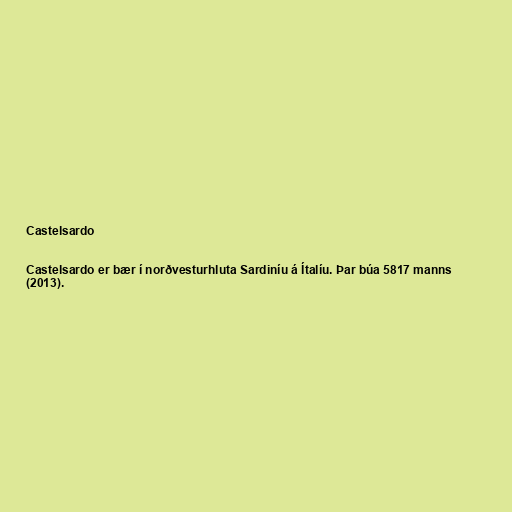
Castelsardo

Castelsardo er bær í norðvesturhluta Sardiníu á Ítalíu. Þar búa 5817 manns
(2013).